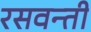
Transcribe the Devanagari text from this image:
रसवन्ती